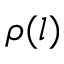
\rho ( l )